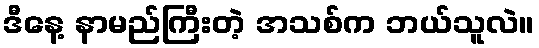
ဒီနေ့ နာမည်ကြီးတဲ့ အသစ်က ဘယ်သူလဲ။